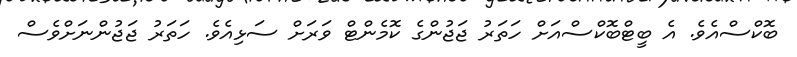
ބޮކްސްއެވެ. އެ ބީޓްބޮކްސްއަށް ހަތަރު ޖަޖުންގެ ކޮމެންޓް ވަރަށް ސަޅިއެވެ. ހަތަރު ޖަޖުންނަށްވެސް